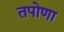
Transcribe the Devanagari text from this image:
तपोणा